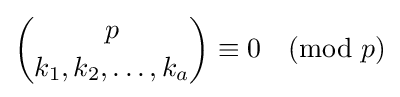
{p \choose k_{1},k_{2},\ldots ,k_{a}}\equiv 0{\pmod {p}}